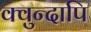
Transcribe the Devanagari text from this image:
क्वुन्दापि